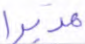
مدبرا